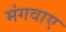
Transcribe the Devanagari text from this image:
मंगवाए